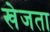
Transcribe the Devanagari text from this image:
खेजता